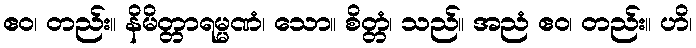
ဧဝ၊ တည်း။ နိမိတ္တာရမ္မဏံ၊ သော။ စိတ္တံ၊ သည်။ အညံ ဧဝ၊ တည်း။ ဟိ၊